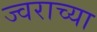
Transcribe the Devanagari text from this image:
ज्वराच्या